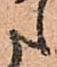
た